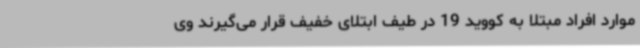
موارد افراد مبتلا به کووید 19 در طیف ابتلای خفیف قرار می‌گیرند وی